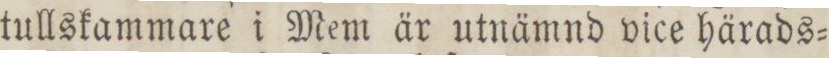
tullskammare i Mem är utnämnd vice härads=